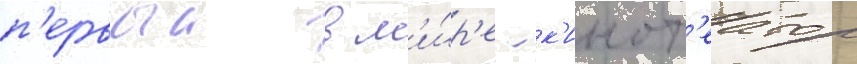
п'ервыи в м'и́р'е -к'инот'еатр